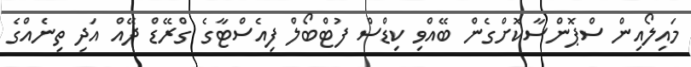
މައިލޯއިން ސްޕޮންސާކޮށްގެން ބޭއްވި ކިޑްސް ފުޓްބޯލް ފިއެސްޓާގެ ގްރޭޑް ދޭއް އަދި ތިނެއްގެ